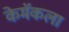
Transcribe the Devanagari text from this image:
केमॅकला